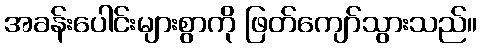
အခန်းပေါင်းများစွာကို ဖြတ်ကျော်သွားသည်။